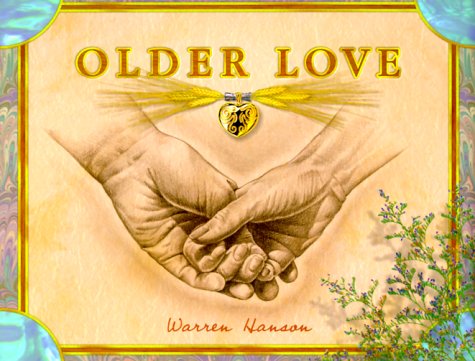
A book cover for Older Love; Warren Hanson; Literature & Fiction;